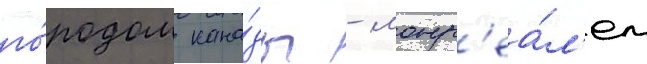
го́родом кана́ды - монр'еа́л'ем